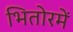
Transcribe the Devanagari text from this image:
भितोरमें